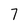
Character: 7